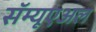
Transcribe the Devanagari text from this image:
सॅम्यूएअल